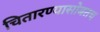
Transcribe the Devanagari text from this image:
चितारण्यासोबतच